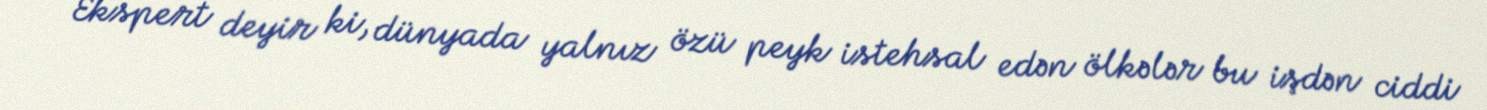
Ekspert deyir ki, dünyada yalnız özü peyk istehsal edən ölkələr bu işdən ciddi